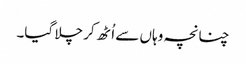
چنانچہ وہاں سے اُٹھ کر چلا گیا۔